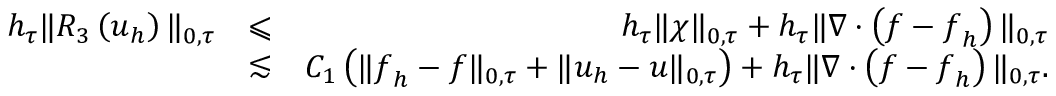
\begin{array} { r l r } { h _ { \tau } \| R _ { 3 } \left( \boldsymbol { u } _ { h } \right) \| _ { 0 , \tau } } & { \leqslant } & { h _ { \tau } \| \chi \| _ { 0 , \tau } + h _ { \tau } \| \nabla \cdot \left( \boldsymbol { f } - \boldsymbol { f } _ { h } \right) \| _ { 0 , \tau } } \\ & { \lesssim } & { C _ { 1 } \left( \| \boldsymbol { f } _ { h } - \boldsymbol { f } \| _ { 0 , \tau } + \| \boldsymbol { u } _ { h } - \boldsymbol { u } \| _ { 0 , \tau } \right) + h _ { \tau } \| \nabla \cdot \left( \boldsymbol { f } - \boldsymbol { f } _ { h } \right) \| _ { 0 , \tau } . } \end{array}